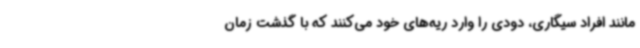
مانند افراد سیگاری، دودی را وارد ریه‌های خود می‌کنند که با گذشت زمان